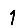
Digit: 1